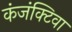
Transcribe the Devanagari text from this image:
कंजंक्टिवा